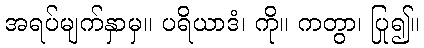
အရပ်မျက်နှာမှ။ ပရိယာဒံ၊ ကို။ ကတွာ၊ ပြု၍။